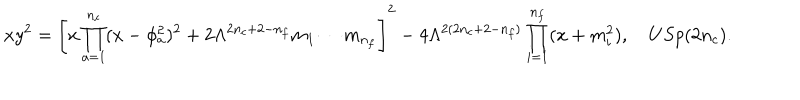
x y ^ { 2 } = \left[ x \prod _ { a = 1 } ^ { n _ { c } } ( x - \phi _ { a } ^ { 2 } ) ^ { 2 } + 2 \Lambda ^ { 2 n _ { c } + 2 - n _ { f } } m _ { 1 } \cdots m _ { n _ { f } } \right] ^ { 2 } - 4 \Lambda ^ { 2 ( 2 n _ { c } + 2 - n _ { f } ) } \prod _ { i = 1 } ^ { n _ { f } } ( x + m _ { i } ^ { 2 } ) , \quad U S p ( 2 n _ { c } ) .